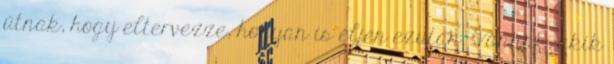
útnak, hogy eltervezze, hogyan is éljen ezután. Vannak, akik